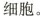
细胞。